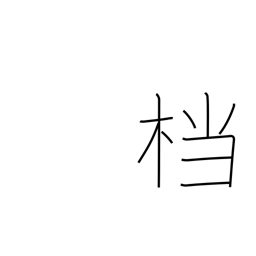
Meaning: archives